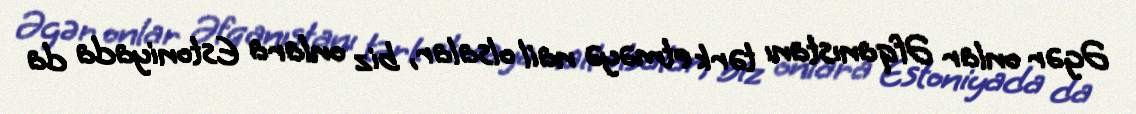
Əgər onlar Əfqanıstanı tərk etməyə nail olsalar, biz onlara Estoniyada da